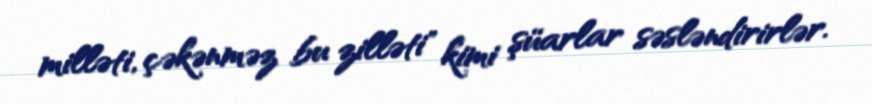
milləti, çəkənməz bu zilləti" kimi şüarlar səsləndirirlər.